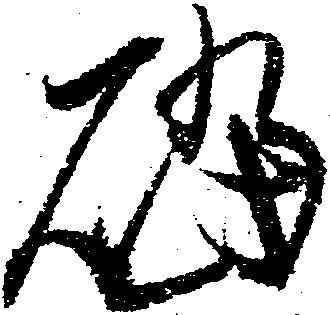
礑